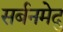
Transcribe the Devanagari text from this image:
सर्बनमेदु